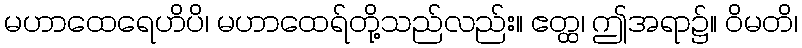
မဟာထေရေဟိပိ၊ မဟာထေရ်တို့သည်လည်း။ ဧတ္ထ၊ ဤအရာ၌။ ဝိမတိ၊